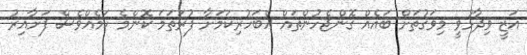
އަޒީ ވިދާޅުވީ މިވަގުތަށް ބައެއް ގޮންޖެހުންތައް އެބަހުރިކަމަށާ ފުރަތަމަ ކޮންމެ ކަމެއްވެސް ފަށާއިރު